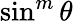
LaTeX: \sin^{m}\theta